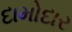
દામોદાર